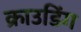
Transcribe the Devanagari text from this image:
क्राउडिंग